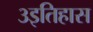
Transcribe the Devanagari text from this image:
३इतिहास